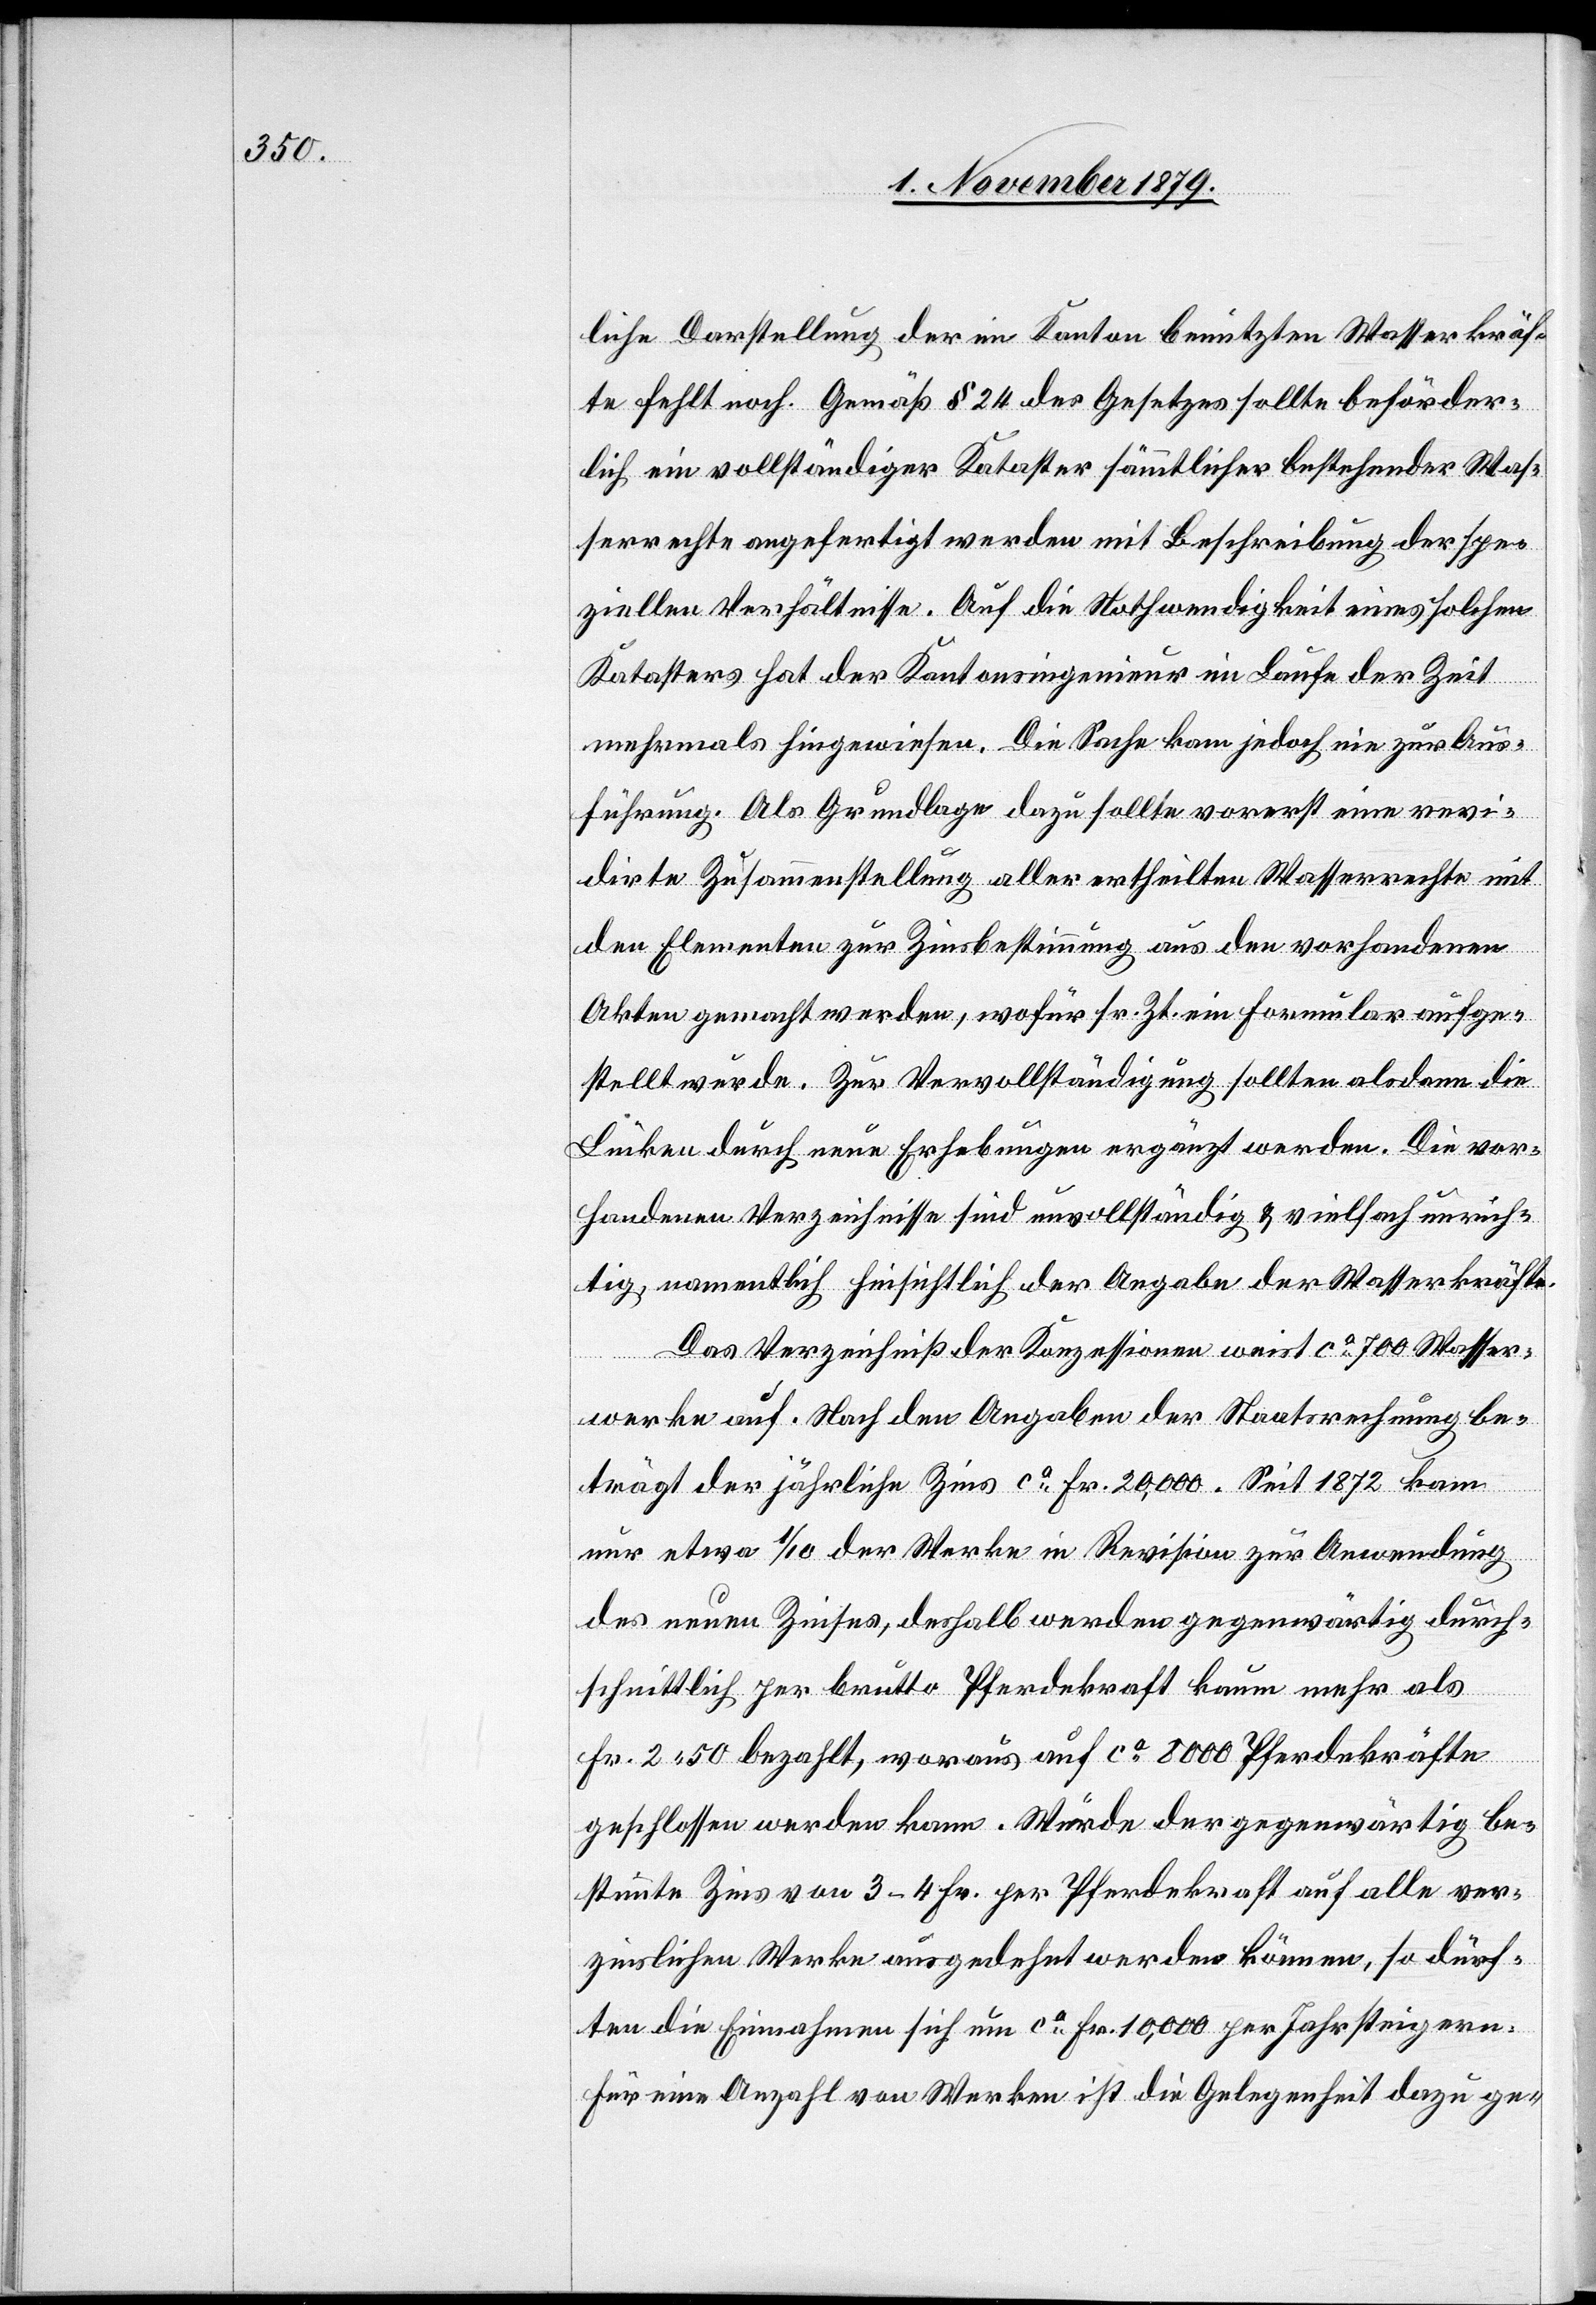
liche Darstellung der im Kanton benutzten Wasserkräf¬
te fehlt noch. Gemäß § 24 des Gesetzes sollte beförder¬
lich ein vollständiger Kataster sämmtlicher bestehender Was¬
serrechte angefertigt werden mit Beschreibung der spe¬
ziellen Verhältnisse. Auf die Nothwendigkeit eines solchen
Katasters hat der Kantonsingenieur im Laufe der Zeit
mehrmals hingewiesen. Die Sache kam jedoch nie zur Aus¬
führung. Als Grundlage dazu sollte vorerst eine revi¬
dirte Zusammenstellung aller ertheilten Wasserrechte mit
den Elementen zur Zinsbestimmung aus den vorhandenen
Akten gemacht werden, wofür sr. Zt. ein Formular aufge¬
stellt wurde. Zur Vervollständigung sollten alsdann die
Brücken durch neue Erhebungen ergänzt werden. Die vor¬
handenen Verzeichnisse sind unvollständig & vielfach unrich¬
tig namentlich hinsichtlich der Angabe der Wasserkräfte.
Das Verzeichniß der Konzessionen weist ca 700 Wasser¬
werke auf. Nach den Angaben der Staatsrechnung be¬
trägt der jährliche Zins ca Fr 20,000. Seit 1872 kam
nur etwa 1/10 der Werke in Revision zur Anwendung
des neuen Zinses, deshalb werden gegenwärtig durch¬
schnittlich per brutto Pferdekraft kaum mehr als
Fr. 2 50 bezahlt, woraus auf ca 8000 Pferdekräfte
geschlossen werden kann. Würde der gegenwärtig be¬
stimmte Zins von 3–4 Fr. per Pferdekraft auf alle ver¬
zinslichen Werke ausgedehnt werden können, so dürf¬
ten die Einnahmen sich um ca Fr. 10,000 per Jahr steigern.
Für eine Anzahl von Werken ist die Gelegenheit dazu ge-